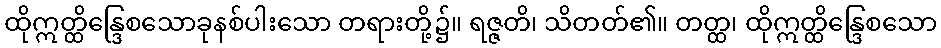
ထိုဣတ္ထိန္ဒြေစသောခုနစ်ပါးသော တရားတို့၌။ ရဇ္ဇတိ၊ သိတတ်၏။ တတ္ထ၊ ထိုဣတ္ထိန္ဒြေစသော